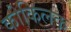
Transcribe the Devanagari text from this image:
कोकिलक